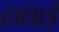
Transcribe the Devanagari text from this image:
हाद्याई